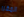
المقرر